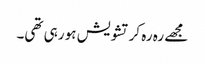
مجھے رہ رہ کر تشویش ہو رہی تھی۔